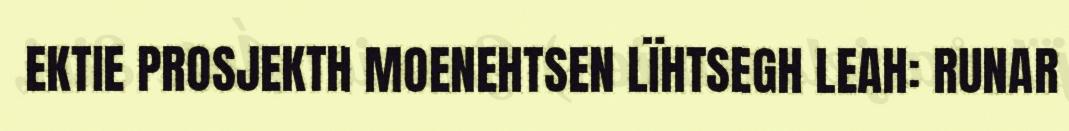
EKTIE PROSJEKTH MOENEHTSEN LÏHTSEGH LEAH: RUNAR